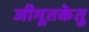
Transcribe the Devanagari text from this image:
जीमूतकेतु